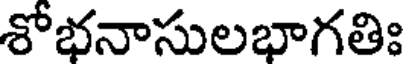
శోభనాసులభాగతిః